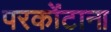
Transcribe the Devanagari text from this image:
परकोंटाना